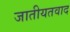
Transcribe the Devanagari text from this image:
जातीयतवाद